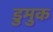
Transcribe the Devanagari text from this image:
डुमुक